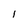
Character: I